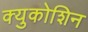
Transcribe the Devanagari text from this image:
क्युकोशिन